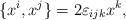
LaTeX: \begin{align*}\{ x^i, x^j \} = 2 \varepsilon_{ijk} x^k,\end{align*}